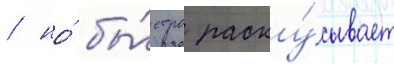
/ но́ бы́стро раску́сывает